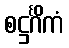
စဋ္ဌင်္ဂိကံ